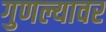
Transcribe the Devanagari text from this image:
गुणल्यावर